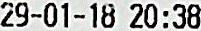
29-01-18 20:38